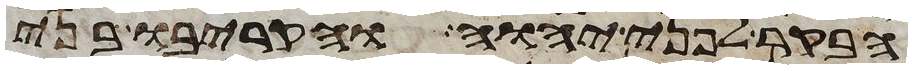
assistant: הבקר לפני יהוה והקריבו בני